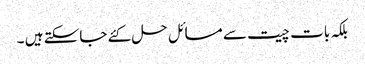
بلکہ بات چیت سے مسائل حل کئے جاسکتے ہیں ۔